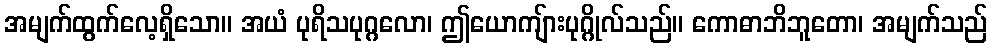
အမျက်ထွက်လေ့ရှိသော။ အယံ ပုရိသပုဂ္ဂလော၊ ဤယောကျ်ားပုဂ္ဂိုလ်သည်။ ကောဓာဘိဘူတော၊ အမျက်သည်